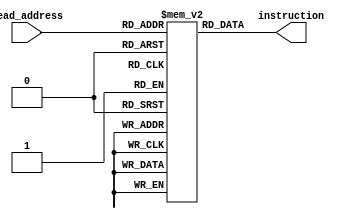
module instruction_memory(instruction, read_address);
output [31:0] instruction;
input [11:0] read_address;
reg [31:0] instructions [4095:0]; // 2^12 - 1

assign instruction = instructions[read_address[11:0]];

endmodule